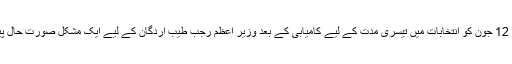
اس تعطل نے 12 جون کو انتخابات میں تیسری مدت کے لیے کامیابی کے بعد وزیر اعظم رجب طیب اردگان کے لیے ایک مشکل صورت حال پیدا کردی ہے۔